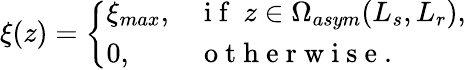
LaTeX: \xi(z)=\left\{ \begin{array}{ll}{\xi_{max},}&{\mathrm{~i~f~}\ z\in\Omega_{asym}(L_{s},L_{r}),}\\ {0,}&{\mathrm{~o~t~h~e~r~w~i~s~e~.~}}\end{array}\right.